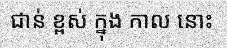
ជាន់ ខ្ពស់ ក្នុង កាល នោះ